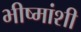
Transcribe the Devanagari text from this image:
भीष्मांशी